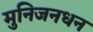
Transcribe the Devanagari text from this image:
मुनिजनधन